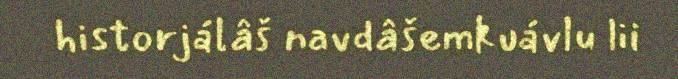
historjálâš navdâšemkuávlu lii